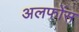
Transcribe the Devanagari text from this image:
अलफोंस